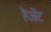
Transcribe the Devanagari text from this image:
रेजेंट